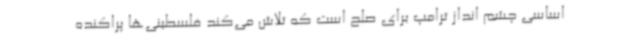
اساسی چشم انداز ترامپ برای صلح است که تلاش می‌کند فلسطینی‌ها پراکنده